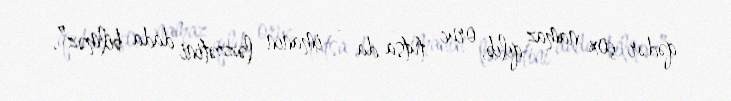
qədər çox namaz qılıb, oruc tutsa da - imanın ləzzətini dada bilməz”.